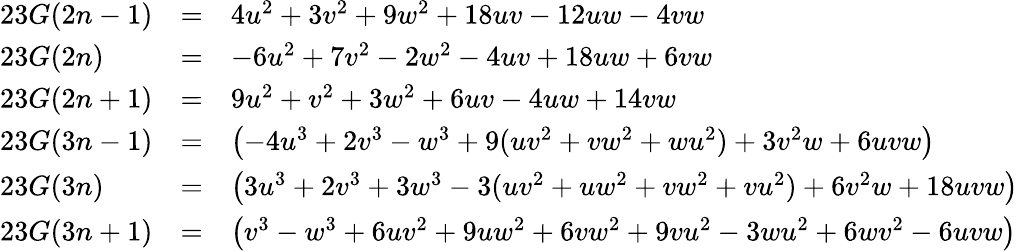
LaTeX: {\begin{array}{lll}{23G(2n-1)}&{=}&{4u^{2}+3v^{2}+9w^{2}+18uv-12uw-4vw}\\ {23G(2n)}&{=}&{-6u^{2}+7v^{2}-2w^{2}-4uv+18uw+6vw}\\ {23G(2n+1)}&{=}&{9u^{2}+v^{2}+3w^{2}+6uv-4uw+14vw}\\ {23G(3n-1)}&{=}&{\left(-4u^{3}+2v^{3}-w^{3}+9(uv^{2}+vw^{2}+wu^{2})+3v^{2}w+6uvw\right)}\\ {23G(3n)}&{=}&{\left(3u^{3}+2v^{3}+3w^{3}-3(uv^{2}+uw^{2}+vw^{2}+vu^{2})+6v^{2}w+18uvw\right)}\\ {23G(3n+1)}&{=}&{\left(v^{3}-w^{3}+6uv^{2}+9uw^{2}+6vw^{2}+9vu^{2}-3wu^{2}+6wv^{2}-6uvw\right)}\end{array}}